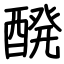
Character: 醗